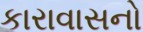
કારાવાસનો